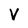
Character: V